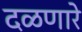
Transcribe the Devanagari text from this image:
दळणारे